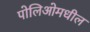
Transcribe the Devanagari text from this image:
पोलिओमधील